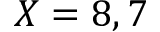
X = 8 , 7